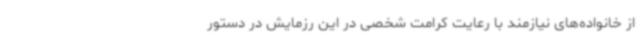
از خانواده‌های نیازمند با رعایت کرامت شخصی در این رزمایش در دستور